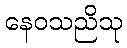
နေဝသညိသု